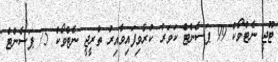
ޓޫޖީ ނެޓްވޯކް 99 ޕަސެންޓް ކަވަރު ކުރެވިފައިވާއިރު ތްރީޖީ ނެޓްވޯކް 75 ޕަސެންޓް